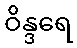
ဝိန္ဒရေ